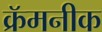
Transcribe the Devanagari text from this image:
क्रॅमनीक